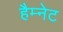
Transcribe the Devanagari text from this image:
हैम्नेट